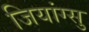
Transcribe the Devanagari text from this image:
जियांग्सु